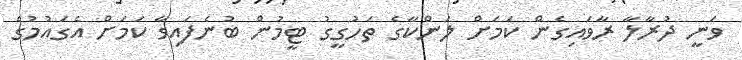
ވަނީ ދުރާލާ ރާވައިގެން ކަމަށް ލަންކާގެ ތަހުގީގު ޓީމުން ބުނެފައިވާ ކަމަށް އެގައުމުގެ